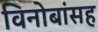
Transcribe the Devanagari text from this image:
विनोबांसह